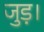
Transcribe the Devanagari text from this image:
जुड़।